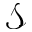
\mathcal { S }